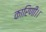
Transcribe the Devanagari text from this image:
कारिणी।।